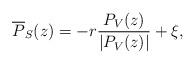
LaTeX: \begin{align*}\overline{P}_S(z)=-r \frac{P_V(z)}{|P_V(z)|}+ \xi,\end{align*}